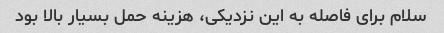
سلام برای فاصله به این نزدیکی، هزینه حمل بسیار بالا بود